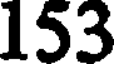
153